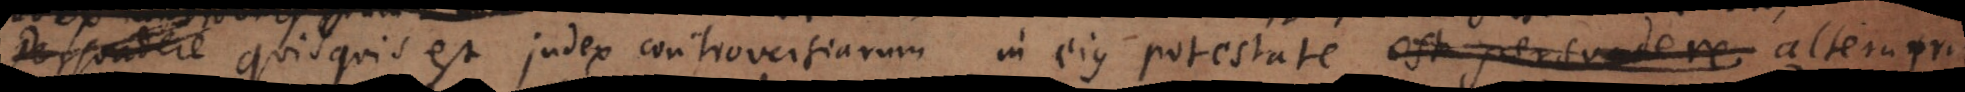
Persuadere Quisquis est judex controversiarum in ejus potestate est persuadere alterutrum